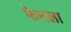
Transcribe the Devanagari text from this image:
फेनला